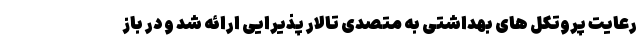
رعایت پروتکل های بهداشتی به متصدی تالار پذیرایی ارائه شد و در باز